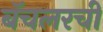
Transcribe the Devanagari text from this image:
बॅचलरची